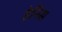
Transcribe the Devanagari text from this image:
हेनिस